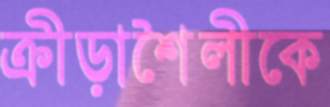
ক্রীড়াশৈলীকে